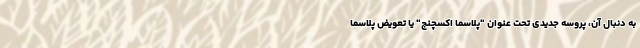
به دنبال آن، پروسه جدیدی تحت عنوان "پلاسما اکسچنج" یا تعویض پلاسما